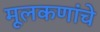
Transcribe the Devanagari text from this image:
मूलकणांचे